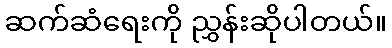
ဆက်ဆံရေးကို ညွှန်းဆိုပါတယ်။